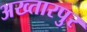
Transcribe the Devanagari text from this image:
अख्तारपुर